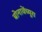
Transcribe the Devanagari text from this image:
बोनावेंच्यूरा